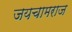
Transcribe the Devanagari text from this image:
जयचामराज